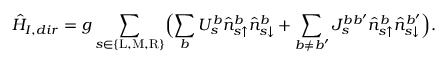
\hat { H } _ { I , d i r } = g \sum _ { s \in \{ \mathrm { L } , \mathrm { M } , \mathrm { R } \} } \Bigl ( \sum _ { b } U _ { s } ^ { b } \hat { n } _ { s \uparrow } ^ { b } \hat { n } _ { s \downarrow } ^ { b } + \sum _ { b \neq b ^ { \prime } } J _ { s } ^ { b b ^ { \prime } } \hat { n } _ { s \uparrow } ^ { b } \hat { n } _ { s \downarrow } ^ { b ^ { \prime } } \Bigr ) .